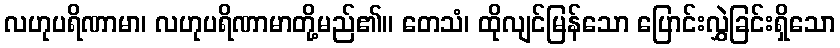
လဟုပရိဏာမာ၊ လဟုပရိဏာမာတို့မည်၏။ တေသံ၊ ထိုလျင်မြန်သော ပြောင်းလွှဲခြင်းရှိသော